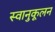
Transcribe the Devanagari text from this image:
स्वानुकूलन